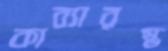
কাব্যারম্ভ